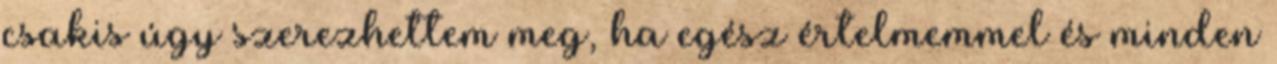
csakis úgy szerezhettem meg, ha egész értelmemmel és minden